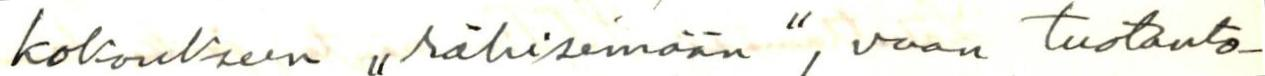
kokoukseen ,,rähisemään", vaan tuotanto-